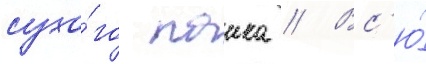
сухо́го паика // Вс'ю́